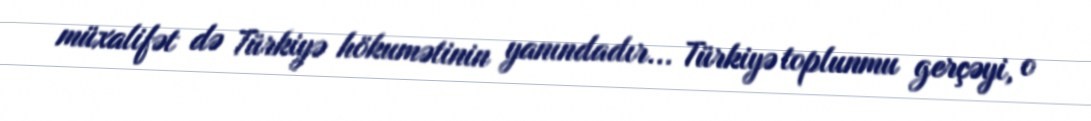
müxalifət də Türkiyə hökumətinin yanındadır... Türkiyə toplunmu gerçəyi, o